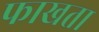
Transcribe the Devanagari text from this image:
फाखता